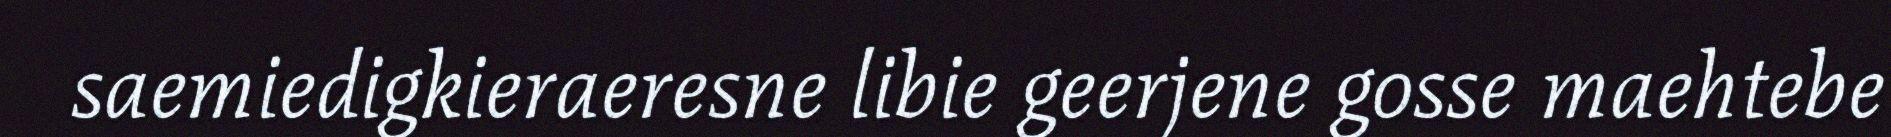
saemiedigkieraeresne libie geerjene gosse maehtebe